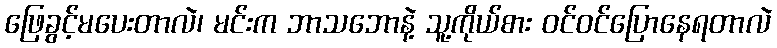
ဖြေခွင့်မပေးတာလဲ၊ မင်းက ဘာသဘောနဲ့ သူ့ကိုယ်စား ဝင်ဝင်ပြောနေရတာလဲ